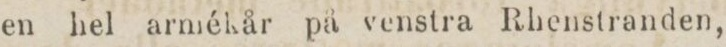
en hel armékår på venstra Rhenstranden,